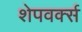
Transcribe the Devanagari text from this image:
शेपवर्क्स